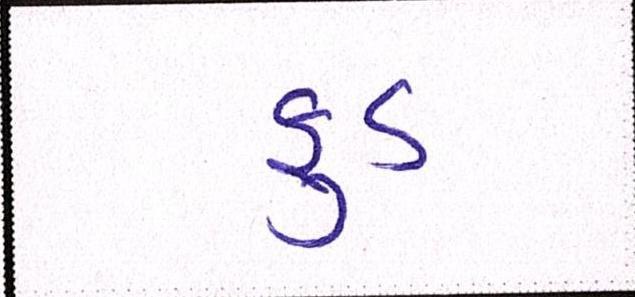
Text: ફુડ